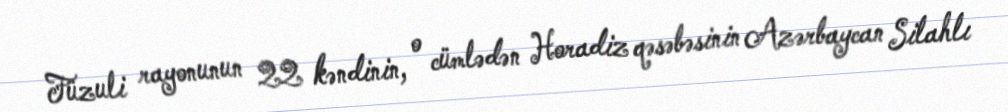
Füzuli rayonunun 22 kəndinin, o cümlədən Horadiz qəsəbəsinin Azərbaycan Silahlı